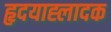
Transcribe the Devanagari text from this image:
हृदयाह्लादक